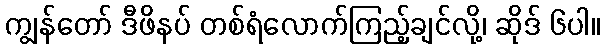
ကျွန်တော် ဒီဖိနပ် တစ်ရံလောက်ကြည့်ချင်လို့၊ ဆိုဒ် ၆ပါ။